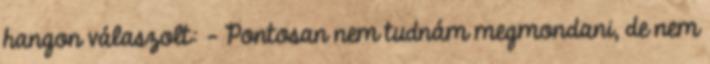
hangon válaszolt: - Pontosan nem tudnám megmondani, de nem